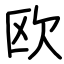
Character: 欧